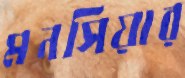
মনসিয়ার